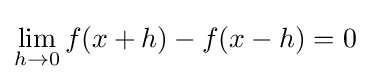
\lim _{h\to 0}f(x+h)-f(x-h)=0